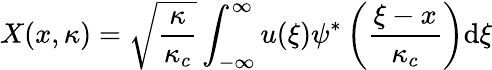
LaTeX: X(x,\kappa)=\sqrt{\frac{\kappa}{\kappa_{c}}}\int_{-\infty}^{\infty}u(\xi)\psi^{*}\left(\frac{\xi-x}{\kappa_{c}}\right)\mathrm{d}\xi